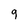
Character: q